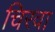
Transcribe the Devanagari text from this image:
चिरवा